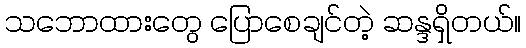
သဘောထားတွေ ပြောစေချင်တဲ့ ဆန္ဒရှိတယ်။